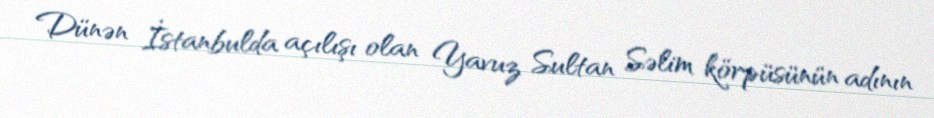
Dünən İstanbulda açılışı olan Yavuz Sultan Səlim körpüsünün adının